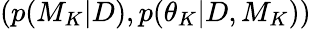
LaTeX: (p(M_{K}|D),p(\theta_{K}|D,M_{K}))